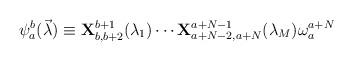
LaTeX: \begin{align*}\psi_a^b(\vec{\lambda})\equiv {\bf X}^{b+1}_{b,b+2}(\lambda_1)\cdots{\bf X}^{a+N-1}_{a+N-2,a+N}(\lambda_M)\omega_a^{a+N}\end{align*}